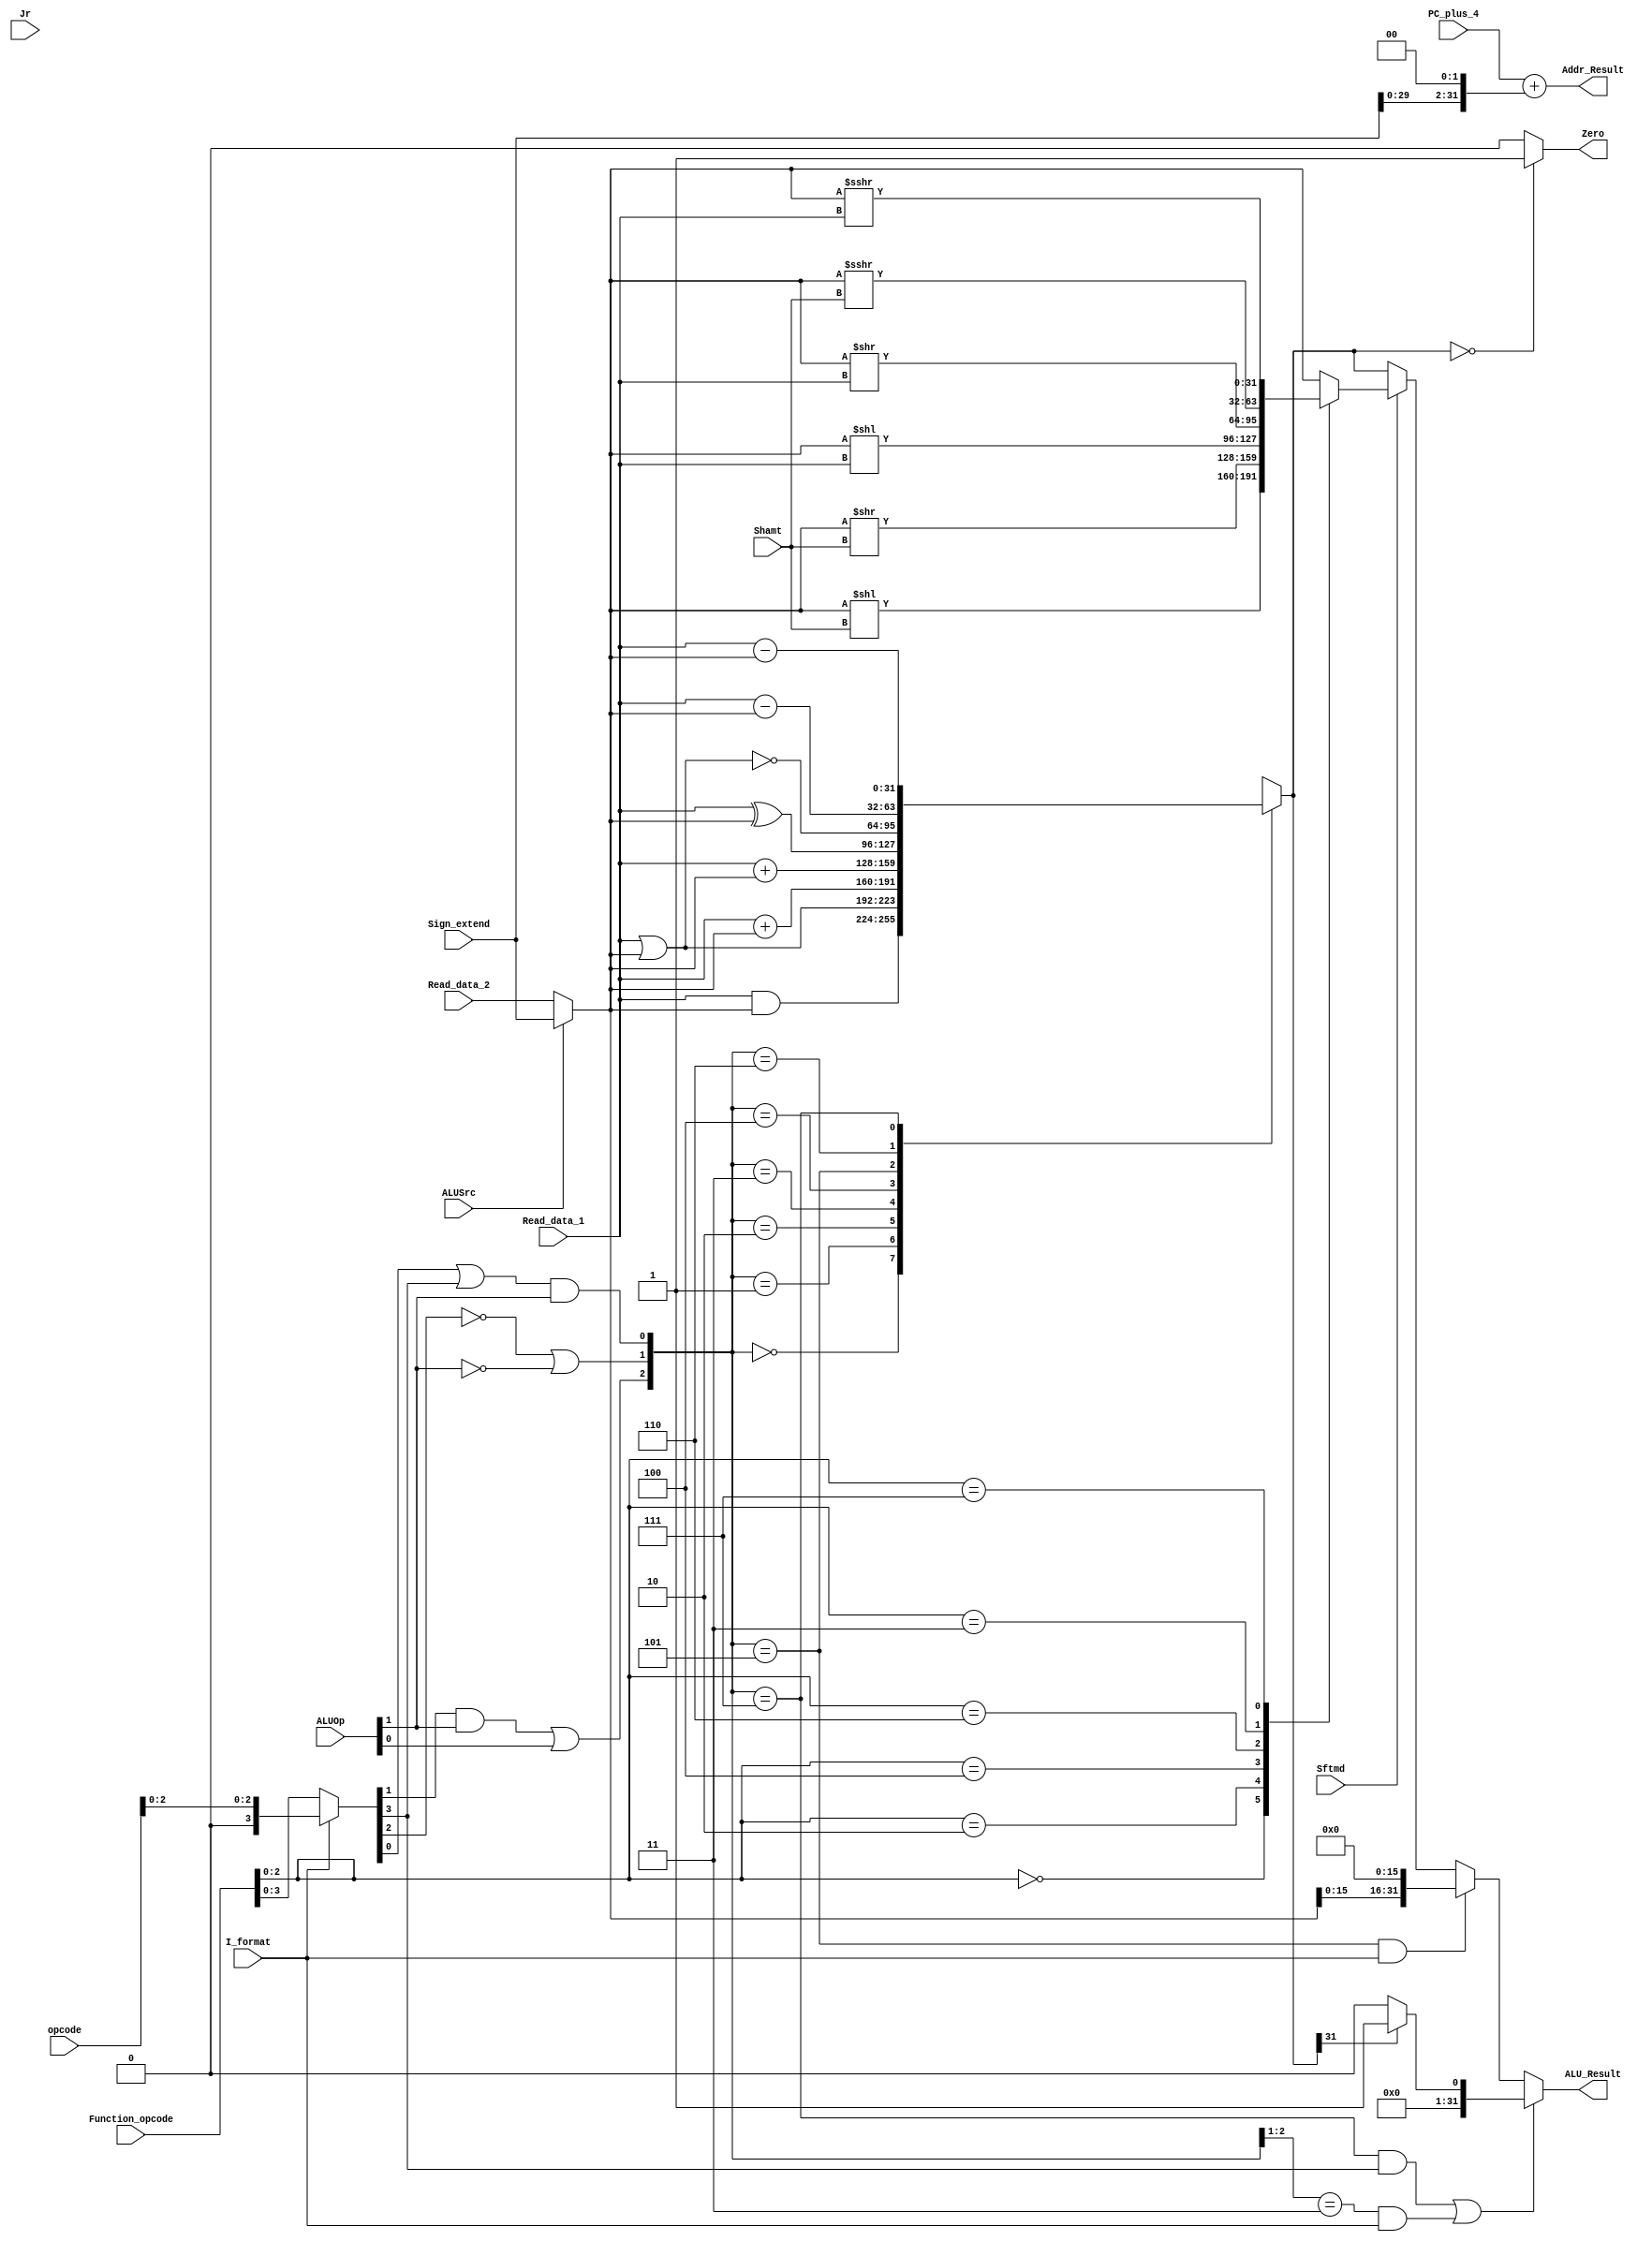
`timescale 1ns / 1ps


module ALU(Read_data_1,Read_data_2,Sign_extend,Function_opcode,opcode,ALUOp,
           Shamt,ALUSrc,I_format,Zero,Jr,Sftmd,ALU_Result,Addr_Result,PC_plus_4
    );
    // from decoder
    input[31:0]  Read_data_1;	   //      ?  Read_data_1    
    input[31:0]  Read_data_2;      //      ?  Read_data_2    
    input[31:0]  Sign_extend;      //      ?               
    
    //from IFetch
    input[5:0]   Function_opcode;  //       r-     ?    ,r-form instructions[5:0]
    input[5:0]   opcode;       //           
    input[4:0]   Shamt;            //         instruction[10:6]          
    input[31:0]  PC_plus_4;        //         PC+4
    
    //from Controller
    input[1:0]   ALUOp;            //                    
    input        ALUSrc;           //                                 beq  bne   ?
    input        I_format;         //               beq, bne, LW, SW   I-      
    input        Sftmd;            //                   
    input        Jr;               //               JR  
    
    //outputs
    output       Zero;             // 1        0 
    output reg [31:0] ALU_Result;  //           
    output[31:0] Addr_Result;      //                 
    
    //wires
    wire[31:0] Ainput,Binput;     // the ALU calculation result
    
    wire[5:0]  Exe_code;          // use to generate ALU_ctrl. (I_format==0) ? Function_opcode : {3'b000, Opcode[2:0]}
    wire[2:0]  ALU_ctl;           // the ontrol signals which affact operation in ALU directly
    
    wire[2:0]  Sftm;              // identify the types of shift instruction, equals to Function_opcode[2:0]
    reg[31:0]  Shift_Result;      // the result of shift operation
    
    reg[31:0]  ALU_output_mux;    // the result of arithmetic or logic calculation
    
    wire[32:0] Branch_Addr;       // the calculated address of the instruction, Addr_Result is Branch_Addr[31:0]
    
    assign Ainput = Read_data_1;
    assign Binput = (ALUSrc == 0) ? Read_data_2 : Sign_extend[31:0];
    
    assign Exe_code = (I_format==0) ? Function_opcode : {3'b000, opcode[2:0]};
    
    assign ALU_ctl[0] = (Exe_code[0] | Exe_code[3]) & ALUOp[1];
    assign ALU_ctl[1] = ((!Exe_code[2] | (!ALUOp[1])));
    assign ALU_ctl[2] = (Exe_code[1] & ALUOp[1]) | ALUOp[0];
    
    //arithmatic and logic calculation
    always@(ALU_ctl or Ainput or Binput)
    begin
    case(ALU_ctl)
        3'b000: ALU_output_mux = Ainput & Binput;                             //and,andi
        3'b001: ALU_output_mux = Ainput | Binput;                             //or,ori
        3'b010: ALU_output_mux = $signed(Ainput) + $signed(Binput);           //add,addi
        3'b011: ALU_output_mux = Ainput + Binput;                             //addu,addiu
        3'b100: ALU_output_mux = Ainput ^ Binput;                             //xor,xori
        3'b101: ALU_output_mux = ~(Ainput | Binput);                        //nor                         
        3'b110: ALU_output_mux = $signed(Ainput) - $signed(Binput);           //sub,slti,beq,bne
        3'b111: ALU_output_mux = Ainput - Binput;                             //subu,sltiu,slt,sltu
        default: ALU_output_mux = 32'h0000_0000;
    endcase
    end
    
    //shift operation
    assign Sftm = Function_opcode[2:0];
    always@(*) begin
    if(Sftmd)
        case(Sftm[2:0])
            3'b000: Shift_Result = Binput << Shamt;             //Sll rd,rt,shamt 00000
            3'b010: Shift_Result = Binput >> Shamt;             //Srl rd,rt,shamt 00010
            3'b100: Shift_Result = Binput << Ainput;            //Sllv rd,rt,rs   00100
            3'b110: Shift_Result = Binput >> Ainput;            //Srlv rd,rt,rs   00110
            3'b011: Shift_Result = $signed(Binput) >>> Shamt;   //Sra rd,rt,shamt 00011
            3'b111: Shift_Result = $signed(Binput) >>> Ainput;  //Srav rd,rt,rs   00111
            default: Shift_Result = Binput;
        endcase
    else
        Shift_Result = Binput;
    end
    
    //Determine output "ALU_Result"
    always @(*) begin
    //set type operation(slt,slti,sltu,sltiu)
    if( ((ALU_ctl==3'b111) && (Exe_code[3]==1)) || ((ALU_ctl[2:1]==2'b11) && (I_format==1'b1)))
//        ALU_Result = (Ainput-Binput<0)?1:0;
        ALU_Result = ALU_output_mux[31]==1? 1:0;
    //lui operation
    else if((ALU_ctl==3'b101) && (I_format==1'b1))
        ALU_Result[31:0] = {Binput[15:0], {16{1'b0}}}; //{16{1'b0}}??
    //shift operation
    else if(Sftmd==1)
        ALU_Result = Shift_Result;
    //other types of operation in ALU (arithmatic or logic calculation)
    else
        ALU_Result = ALU_output_mux[31:0];
    end
    
    //determine the output "Addr_result" and "Zero"
    assign Zero = (ALU_output_mux == 32'h0000_0000) ? 1'b1 : 1'b0;
    assign Addr_Result = PC_plus_4 + (Sign_extend << 2);
    
endmodule